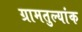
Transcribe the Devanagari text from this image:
ग्रामतुल्यांक